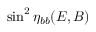
\sin ^ { 2 } \eta _ { b b } ( E , B )